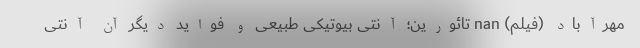
مهرآباد (فیلم) nan تائورین؛ آنتی بیوتیکی طبیعی و فواید دیگر آن آنتی